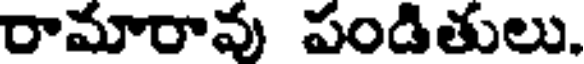
రామారావు పండితులు.